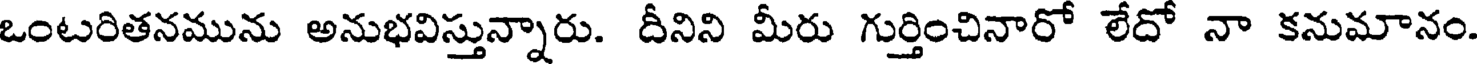
ఒంటరితనమును అనుభవిస్తున్నారు. దీనిని మీరు గుర్తించినారో లేదో నా కనుమానం